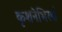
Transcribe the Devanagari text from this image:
कृशनेभिरश्वं